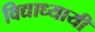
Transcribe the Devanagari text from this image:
विद्याध्यायी